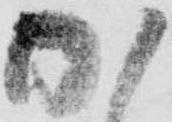
加